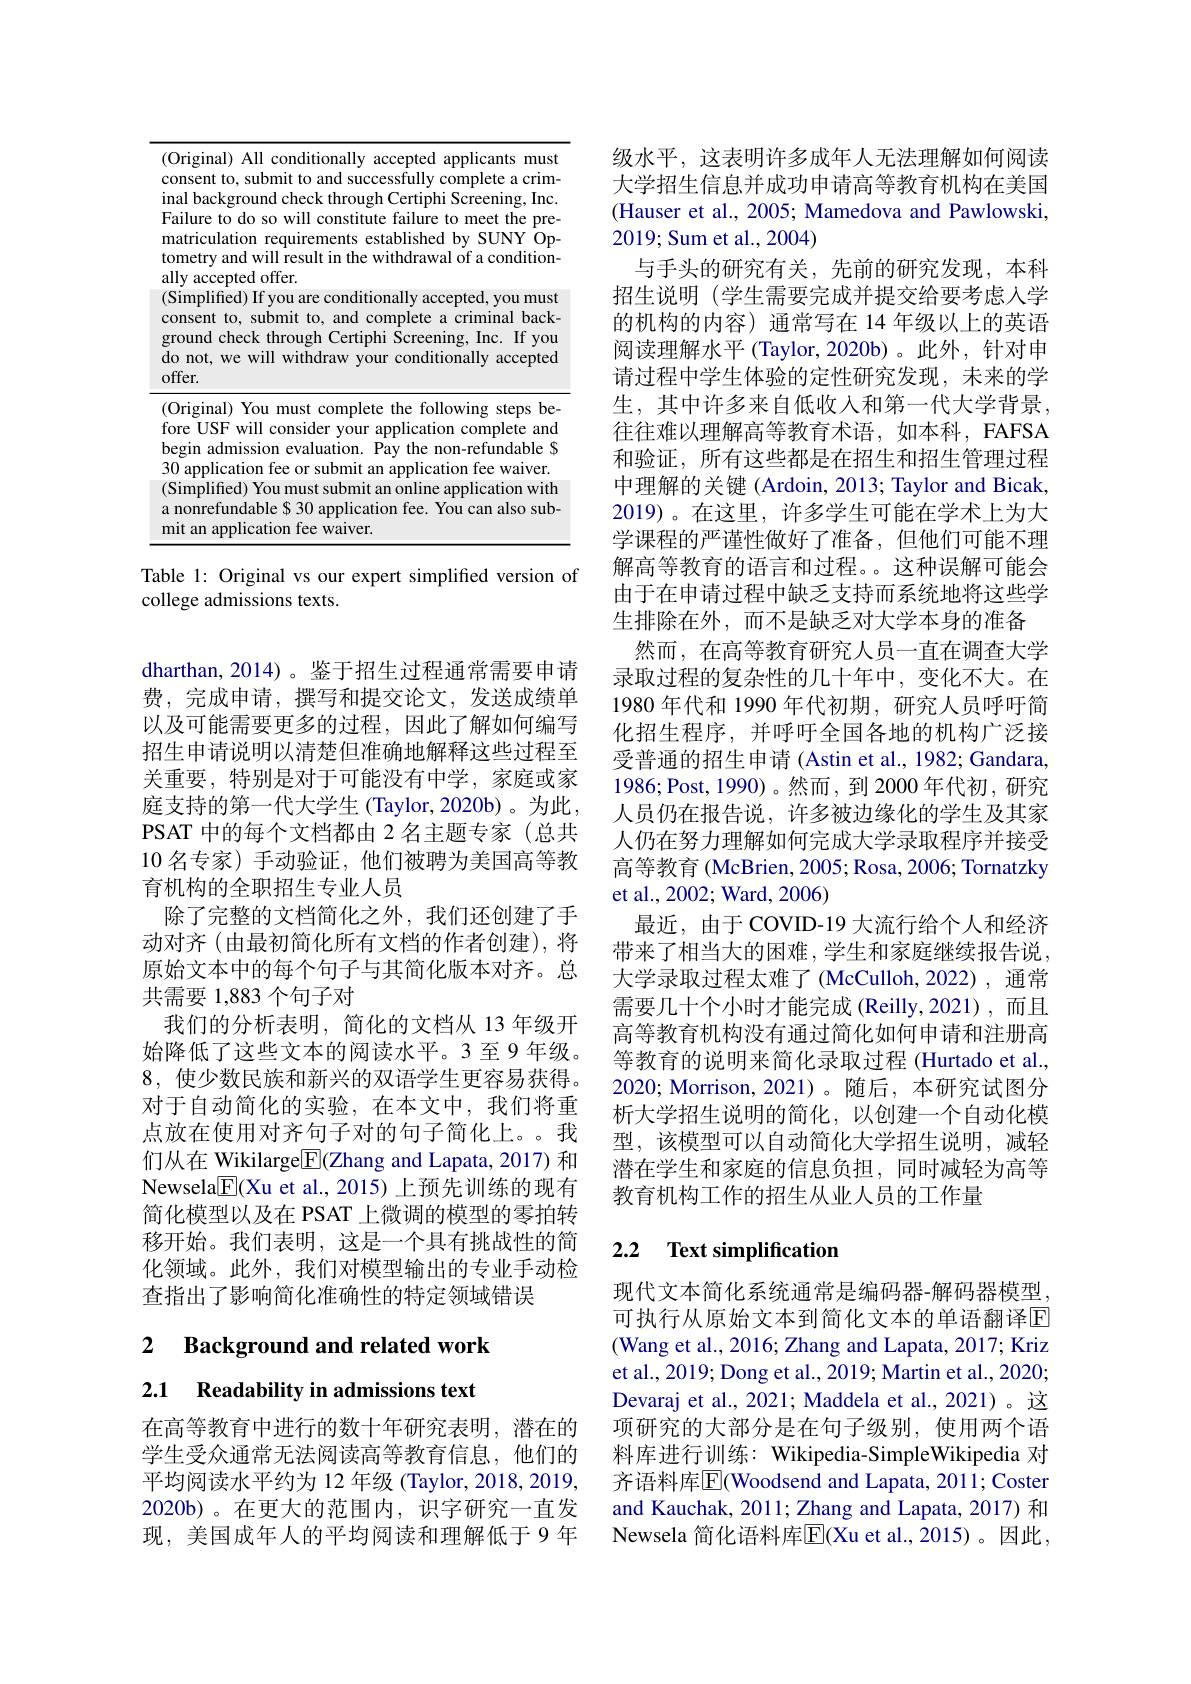
<table>
	<tbody>
		<tr>
			<td>$C$ 1.</td>
			<td>inal) All conditionally accepte l applicants must ent to, submit to and successfully ${\textbf{y complete a crim}}$</td>
		</tr>
		<tr>
			<td>II $F$ $n$ tc $a$</td>
			<td>re to do so will constitute failure to meet the pre culation requirements established by SUNY Op try and will result in the withdrawal of a condition- ${\mathrm{ccepted~offer.}}$</td>
		</tr>
		<tr>
			<td>$(i,i)$ C $g$ $d$ 0</td>
			<td>plified) If you are conditionally accepted, you must ent to, submit to, and complete a criminal back nd check through Certiphi Screening, Inc. If you ot, we will withdraw your conditionally accepted</td>
		</tr>
	</tbody>
</table>

Table 1: Original vs our expert simplified version of
college admissions texts.

dharthan,2014)。鉴于招生过程通常需要申请费，完成申请，撰写和提交论文，发送成绩单以及可能需要更多的过程，因此了解如何编写招生申请说明以清楚但准确地解释这些过程至关重要，特别是对于可能没有中学，家庭或家庭支持的第一代大学生(Taylor,2020b)。为此， PSAT中的每个文档都由 2 名主题专家(总共10名专家) 手动验证，他们被聘为美国高等教育机构的全职招生专业人员
除了完整的文档简化之外，我们还创建了手动对齐(由最初简化所有文档的作者创建),将原始文本中的每个句子与其简化版本对齐。总共需要 1,883 个句子对
我们的分析表明，简化的文档从 13 年级开始降低了这些文本的阅读水平。3至9年级。8,使少数民族和新兴的双语学生更容易获得。对于自动简化的实验，在本文中，我们将重点放在使用对齐句子对的句子简化上。我们从在 Wikilarge$\underline{\mathrm{E}}($Zhang and Lapata, 2017) 和Newsela$\underline{\mathrm{E}}($Xu et al.,2015)上预先训练的现有简化模型以及在 PSAT 上微调的模型的零拍转移开始。我们表明，这是一个具有挑战性的简化领域。此外，我们对模型输出的专业手动检查指出了影响简化准确性的特定领域错误

# 2 Background and related work

2.1 Readability in admissions text

在高等教育中进行的数十年研究表明，潜在的学生受众通常无法阅读高等教育信息，他们的平均阅读水平约为 12 年级 (Taylor, 2018, 2019, 2020b)。在更大的范围内，识字研究一直发现，美国成年人的平均阅读和理解低于 9 年

级水平，这表明许多成年人无法理解如何阅读大学招生信息并成功申请高等教育机构在美国(Hauser et al., 2005; Mamedova and Pawlowski, 2019;Sum et al., 2004)
与手头的研究有关，先前的研究发现，本科招生说明(学生需要完成并提交给要考虑人学的机构的内容)通常写在 14 年级以上的英语阅读理解水平(Taylor,2020b)。此外，针对申请过程中学生体验的定性研究发现，未来的学生，其中许多来自低收入和第一代大学背景， 往往难以理解高等教育术语，如本科，FAFSA 和验证，所有这些都是在招生和招生管理过程中理解的关键 (Ardoin, 2013; Taylor and Bicak, 2019)。在这里，许多学生可能在学术上为大学课程的严谨性做好了准备，但他们可能不理解高等教育的语言和过程。。这种误解可能会由于在申请过程中缺乏支持而系统地将这些学生排除在外，而不是缺乏对大学本身的准备
然而，在高等教育研究人员一直在调查大学录取过程的复杂性的几十年中，变化不大。在1980 年代和 1990 年代初期，研究人员呼吁简化招生程序，并呼吁全国各地的机构广泛接受普通的招生申请 (Astin et al., 1982; Gandara, 1986;Post,1990)。然而，到 2000 年代初，研究人员仍在报告说，许多被边缘化的学生及其家人仍在努力理解如何完成大学录取程序并接受高等教育 (McBrien, 2005; Rosa, 2006; Tornatzky et al., 2002; Ward, 2006)
最近，由于COVID-19 大流行给个人和经济带来了相当大的困难，学生和家庭继续报告说， 大学录取过程太难了(McCulloh,2022),通常需要几十个小时才能完成(Reilly,2021),而且高等教育机构没有通过简化如何申请和注册高等教育的说明来简化录取过程 (Hurtado et al., 2020; Morrison, 2021)。随后，本研究试图分析大学招生说明的简化，以创建一个自动化模型，该模型可以自动简化大学招生说明，减轻潜在学生和家庭的信息负担，同时减轻为高等教育机构工作的招生从业人员的工作量

## 2.2 $\textbf{Text simplification}$

现代文本简化系统通常是编码器-解码器模型可执行从原始文本到简化文本的单语翻译$\overline{\mathrm{E}}$ (Wang et al., 2016; Zhang and Lapata, 2017; Kriz et al., 2019; Dong et al., 2019; Martin et al., 2020; Devaraj et al., 2021; Maddela et al., 2021)。这项研究的大部分是在句子级别，使用两个语料库进行训练：Wikipedia-SimpleWikipedia 对齐语料库$\overline{\mathrm{E}}($Woodsend and Lapata, 2011; Coster and Kauchak, 2011; Zhang and Lapata, 2017) 和Newsela 简化语料库$\overline{\mathrm{E}}($Xu et al.,2015)。因此，